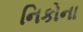
નિકોના